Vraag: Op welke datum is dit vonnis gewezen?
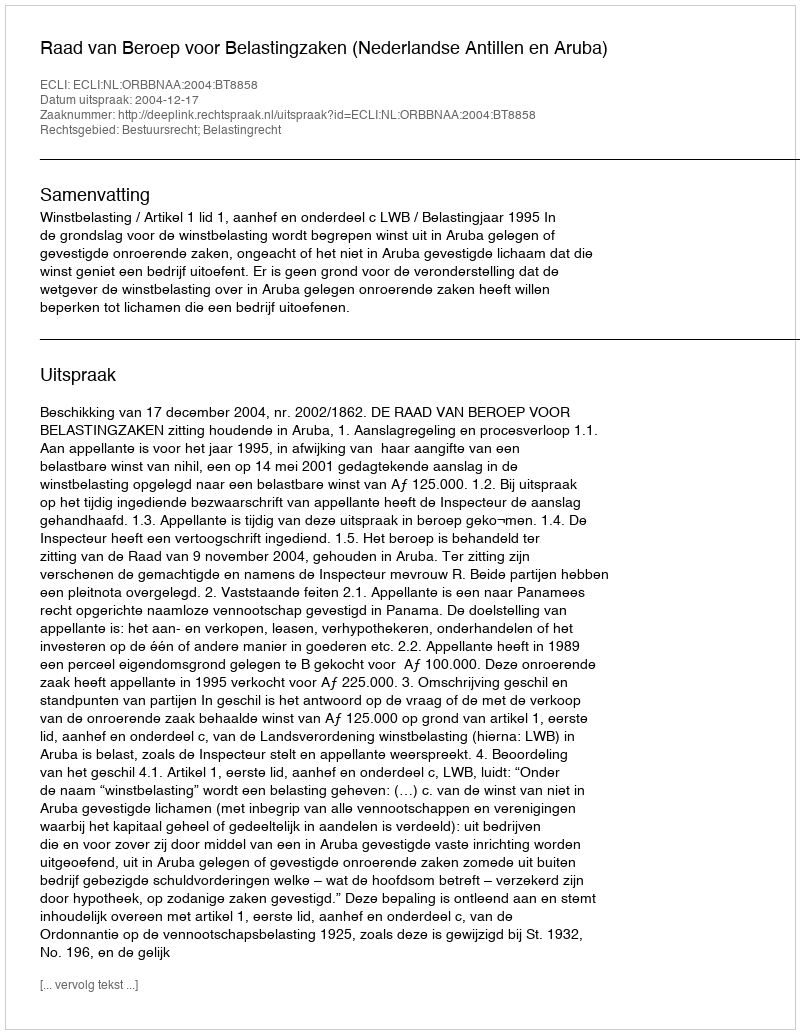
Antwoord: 2004-12-17